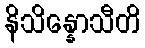
နိသိန္နောသီတိ